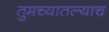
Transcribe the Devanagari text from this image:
तुमच्यातल्याच